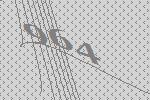
964